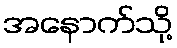
အနောက်သို့